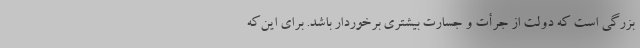
بزرگی است که دولت از جرأت و جسارت بیشتری برخوردار باشد. برای این‌که